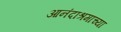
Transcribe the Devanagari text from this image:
आनंदाश्रमाच्या